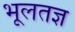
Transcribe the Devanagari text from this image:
भूलतज्ञ